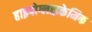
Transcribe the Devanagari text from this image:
हाइपोग्लाइकेमिक